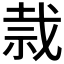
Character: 𰧸